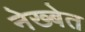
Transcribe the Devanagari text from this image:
नेख्बेत